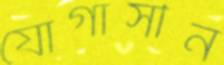
যোগাসীন